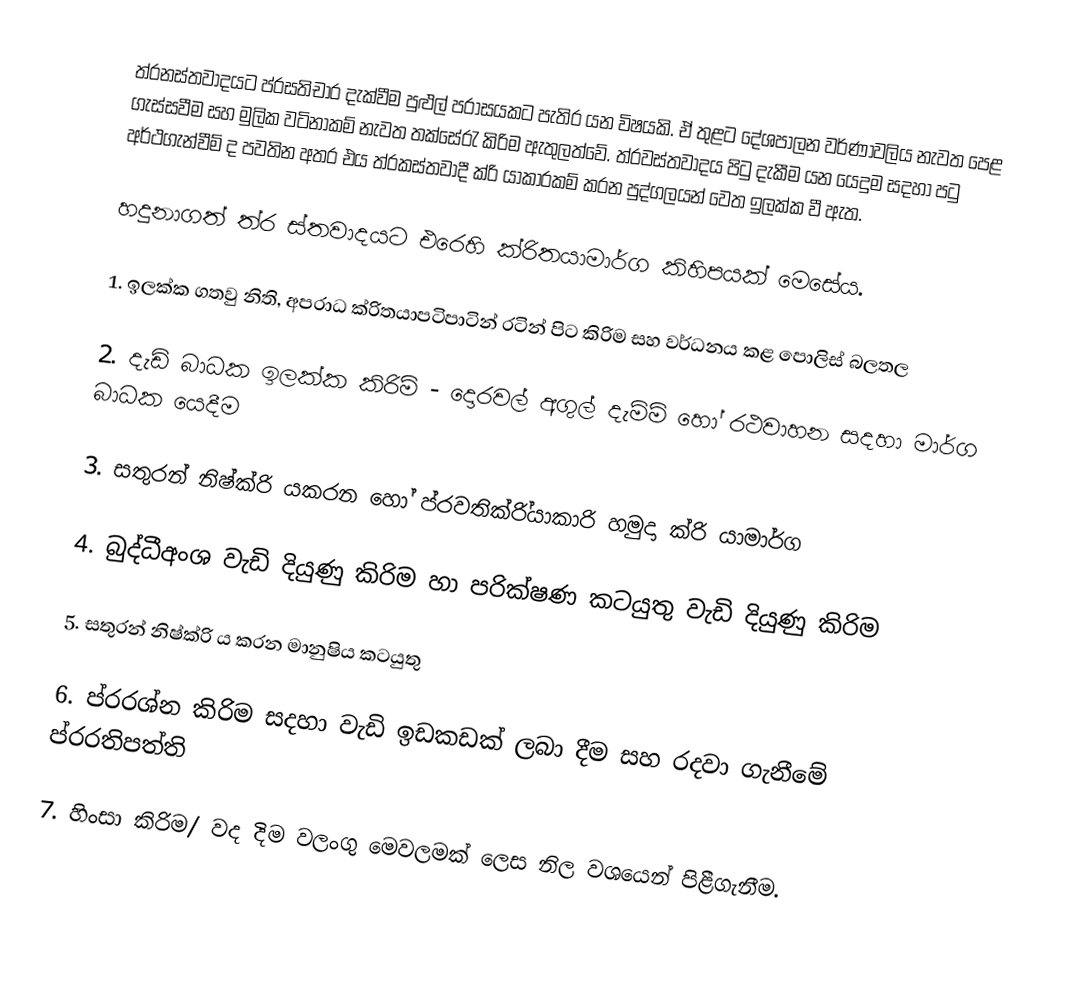
ත්රනස්තවාදයට ප්රසතිචාර දැක්වීම පුළුල් පරාසයකට පැතිර යන විෂයකි. ඒ තුළට දේශපාලන වර්ණාවලිය නැවත පෙළ ගැස්සවීම සහ මුලික වටිනාකම් නැවත තක්සේරැ කිරිම ඇතුලත්වේ. ත්රවස්තවාදය පිටු දැකීම යන යෙදුම සදහා පටු අර්ථගැන්වීම් ද පවතින අතර එය ත්රකස්තවාදී ක්රි යාකාරකම් කරන පුද්ගලයන් වෙත ඉලක්ක වී ඇත.

හදුනාගත් ත්ර ස්තවාදයට එරෙහි ක්රිතයාමාර්ග කිහිපයක් මෙසේය.

1.	ඉලක්ක ගතවු නිති, අපරාධ ක්රිතයාපටිපාටින් රටින් පිට කිරිම සහ වර්ධනය කළ පොලිස් බලතල

2.	දැඩි බාධක ඉලක්ක කිරිම් - දොරවල් අගුල් දැම්ම් හෝ රථවාහන සදහා මාර්ග බාධක යෙදීම

3.	සතුරන් නිෂ්ක්රි යකරන හෝ ප්රවතික්රි්යාකාරි හමුදා ක්රි යාමාර්ග

4.	බුද්ධීඅංශ වැඩි දියුණු කිරිම හා පරික්ෂණ කටයුතු වැඩි දියුණු කිරිම

5.	සතුරන් නිෂ්ක්රි ය කරන මානුෂිය කටයුතු

6.	ප්රරශ්න කිරිම සදහා වැඩි ඉඩකඩක් ලබා දීම සහ රදවා ගැනීමේ ප්රරතිපත්ති

7.	හිංසා කිරිම/ වද දිම වලංගු මෙවලමක් ලෙස නිල වශයෙන් පිළීගැනීම.